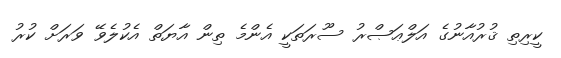
ކީރިތި ޤުރުއާނުގެ އަލްޢަޞްރު ސޫރަތަކީ އެންމެ ތިން އާޔަތް އެކުލެވޭ ވަރަށް ކުރު